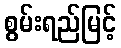
စွမ်းရည်မြင့်